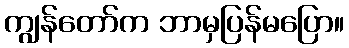
ကျွန်တော်က ဘာမှပြန်မပြော။